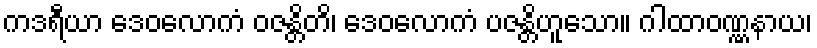
ကဒရီယာ ဒေဝလောကံ ဝဇန္တိတိ၊ ဒေဝလောကံ ပဇန္တိဟူသော။ ဂါထာဝဏ္ဏနာယ၊